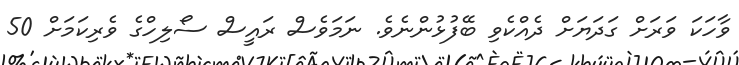
ވާހަކަ ވަރަށް ގަދަޔަށް ދެއްކެވި ބޭފުޅުންނެވެ. ނަމަވެސް ރައީސް ސޯލިހްގެ ވެރިކަމަށް 50